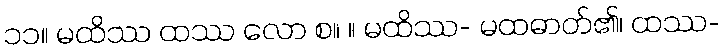
၁၁။ မထိဿ ထဿ လော စ။ ။ မထိဿ- မထဓာတ်၏၊ ထဿ-